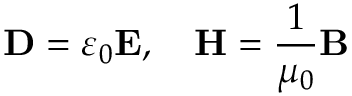
\mathbf { D } = \varepsilon _ { 0 } \mathbf { E } , \quad \mathbf { H } = { \frac { 1 } { \mu _ { 0 } } } \mathbf { B }